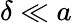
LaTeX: \delta\ll a